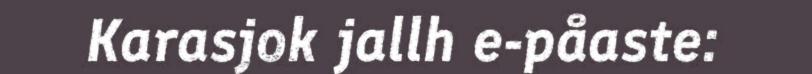
Karasjok jallh e-påaste: